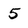
Character: 5